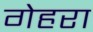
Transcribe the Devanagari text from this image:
गेहरा